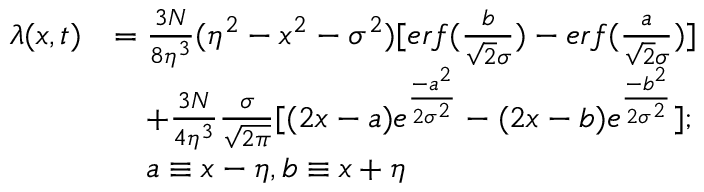
\begin{array} { r l } { \lambda ( x , t ) } & { = \frac { 3 N } { 8 \eta ^ { 3 } } ( \eta ^ { 2 } - x ^ { 2 } - \sigma ^ { 2 } ) [ e r f ( \frac { b } { \sqrt { 2 } \sigma } ) - e r f ( \frac { a } { \sqrt { 2 } \sigma } ) ] } \\ & { \quad + \frac { 3 N } { 4 \eta ^ { 3 } } \frac { \sigma } { \sqrt { 2 \pi } } [ ( 2 x - a ) e ^ { \frac { - a ^ { 2 } } { 2 \sigma ^ { 2 } } } - ( 2 x - b ) e ^ { \frac { - b ^ { 2 } } { 2 \sigma ^ { 2 } } } ] ; } \\ & { \quad a \equiv x - \eta , b \equiv x + \eta } \end{array}